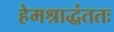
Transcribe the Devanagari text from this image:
हेमश्राद्धंततः